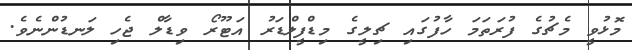
މޮޅުވީ މެޗުގެ ފުރަތަމަ ހާފުގައި ޗިލީގެ މިޑްފީލްޑަރު އަޓޫރޯ ވިޑާލް ޖެހި ލަނޑުންނެވެ.